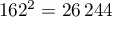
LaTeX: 1 6 2 ^ { 2 } = 2 6 \, 2 4 4